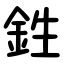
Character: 鉎